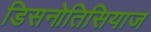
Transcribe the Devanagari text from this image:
डिसनोतिसियाज